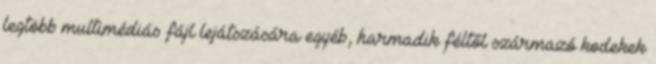
legtöbb multimédiás fájl lejátszására egyéb, harmadik féltől származó kodekek